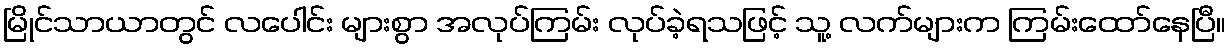
မြိုင်သာယာတွင် လပေါင်း များစွာ အလုပ်ကြမ်း လုပ်ခဲ့ရသဖြင့် သူ့ လက်များက ကြမ်းထော်နေပြီ။